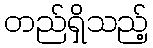
တည်ရှိသည့်